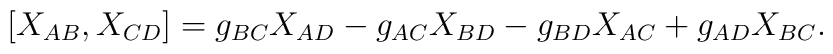
[X_{AB}, X_{CD}] = g_{BC} X_{AD} -g_{AC} X_{BD} - g_{BD} X_{AC} + g_{AD} X_{BC}.